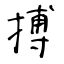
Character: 搏